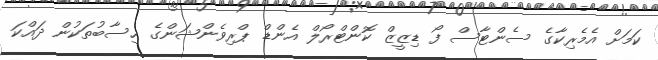
ކަމަށް އެމެރިކާގެ ސެންޓާސް ފޯ ޑިޒީޒް ކޮންޓްރޯލް އެންޑް ޕްރިވެންޝަންގެ ހިސާބުތަކުން ދައްކަ